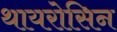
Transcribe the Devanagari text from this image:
थायरोसिन